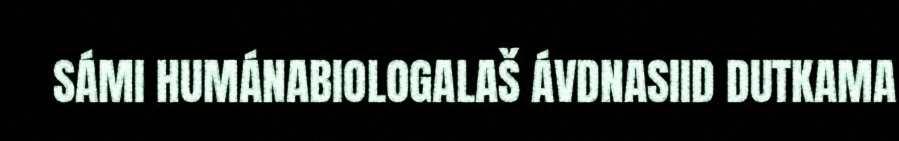
SÁMI HUMÁNABIOLOGALAŠ ÁVDNASIID DUTKAMA